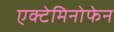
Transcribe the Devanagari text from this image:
एक्टेमिनोफेन